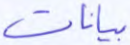
بيانات